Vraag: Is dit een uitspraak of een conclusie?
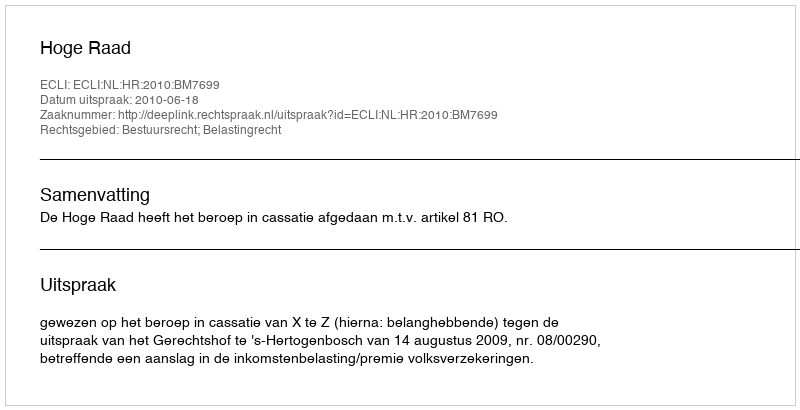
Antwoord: Uitspraak